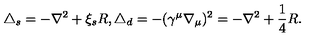
\triangle _ { s } = - \nabla ^ { 2 } + \xi _ { s } R , { } \triangle _ { d } = - ( \gamma ^ { \mu } \nabla _ { \mu } ) ^ { 2 } = - \nabla ^ { 2 } + \frac 1 4 R .